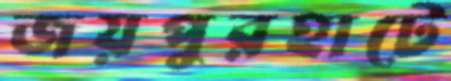
জয়পুরহাটে